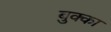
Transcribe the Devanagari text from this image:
बुक्‍का